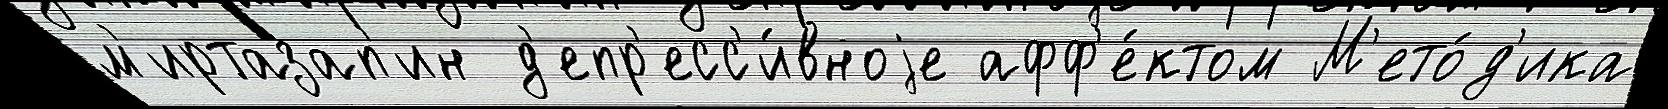
м'иртазап'ин д'епр'есс'и́вноjе афф'е́ктом М'ето́д'ика